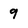
Character: 9